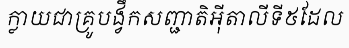
ក្លាយជាគ្រូបង្វឹកសញ្ជាតិអ៊ីតាលីទី៥ដែល